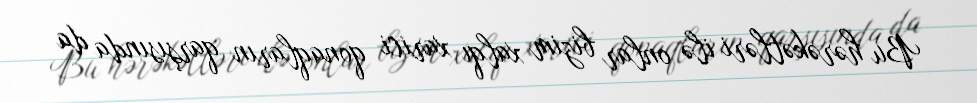
Bu hərəkətləri ilə onlar bizim xalqı xarici qonaqların qarşısında da